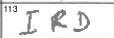
Transcription: IRD